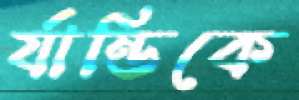
র‍্যান্ডিকে